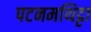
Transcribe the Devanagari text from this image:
पटनमथिट्टा